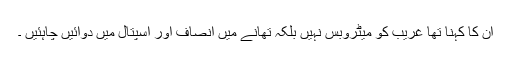
ان کا کہنا تھا غریب کو میٹروبس نہیں بلکہ تھانے میں انصاف اور اسپتال میں دوائیں چاہئیں ۔